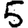
Digit: 5